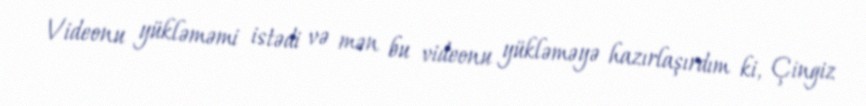
Videonu yükləməmi istədi və mən bu videonu yükləməyə hazırlaşırdım ki, Çingiz